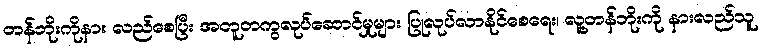
တန်ဘိုးကိုနား လည်စေပြီး အတူတကွလုပ်ဆောင်မှုများ ပြုလုပ်လာနိုင်စေရေး၊ လူ့တန်ဘိုးကို နားလည်သူ